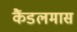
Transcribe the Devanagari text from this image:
कैंडलमास